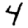
Digit: 4